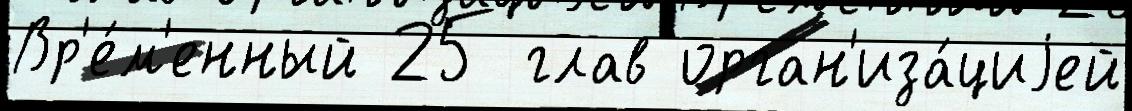
Вр'е́м'енный 25 глав орган'иза́циjей